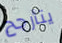
يتأرجح